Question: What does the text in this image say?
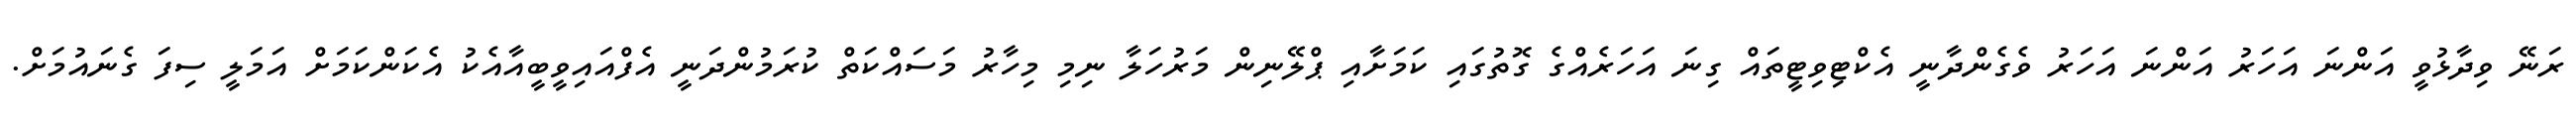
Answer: ރަނޭ ވިދާޅުވީ އަންނަ އަހަރު އަންނަ އަހަރު ވެގެންދާނީ އެކްޓިވިޓީތައް ގިނަ އަހަރެއްގެ ގޮތުގައި ކަމަށާއި ޕްލޭނިން މަރުހަލާ ނިމި މިހާރު މަސައްކަތް ކުރަމުންދަނީ އެފްއައިވީބީއާއެކު އެކަންކަމަށް އަމަލީ ސިފަ ގެނައުމަށް.